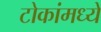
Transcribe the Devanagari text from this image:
टोकांमध्ये